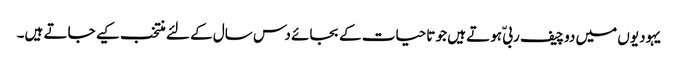
یہودیوں میں دو چیف ربیّ ہوتے ہیں جو تاحیات کے بجائے دس سال کے لئے منتخب کیے جاتے ہیں۔